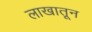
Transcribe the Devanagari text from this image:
लाखातून